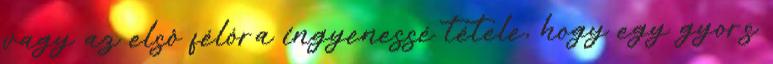
vagy az elsô félóra ingyenessé tétele, hogy egy gyors